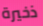
ذخيرة